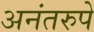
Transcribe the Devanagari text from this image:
अनंतरुपे